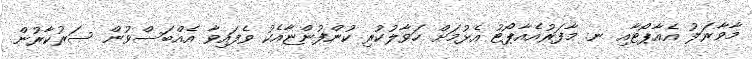
މާވާރަލު އެއާޕޯޓާއި ނ. މާފަރުއެއާޕޯޓު އެޅުމަށް ހަވާލުކުރި ކުންފުންޏާއެކު ވެފައިވާ އެއްބަސްވުން ސަރުކާރުން